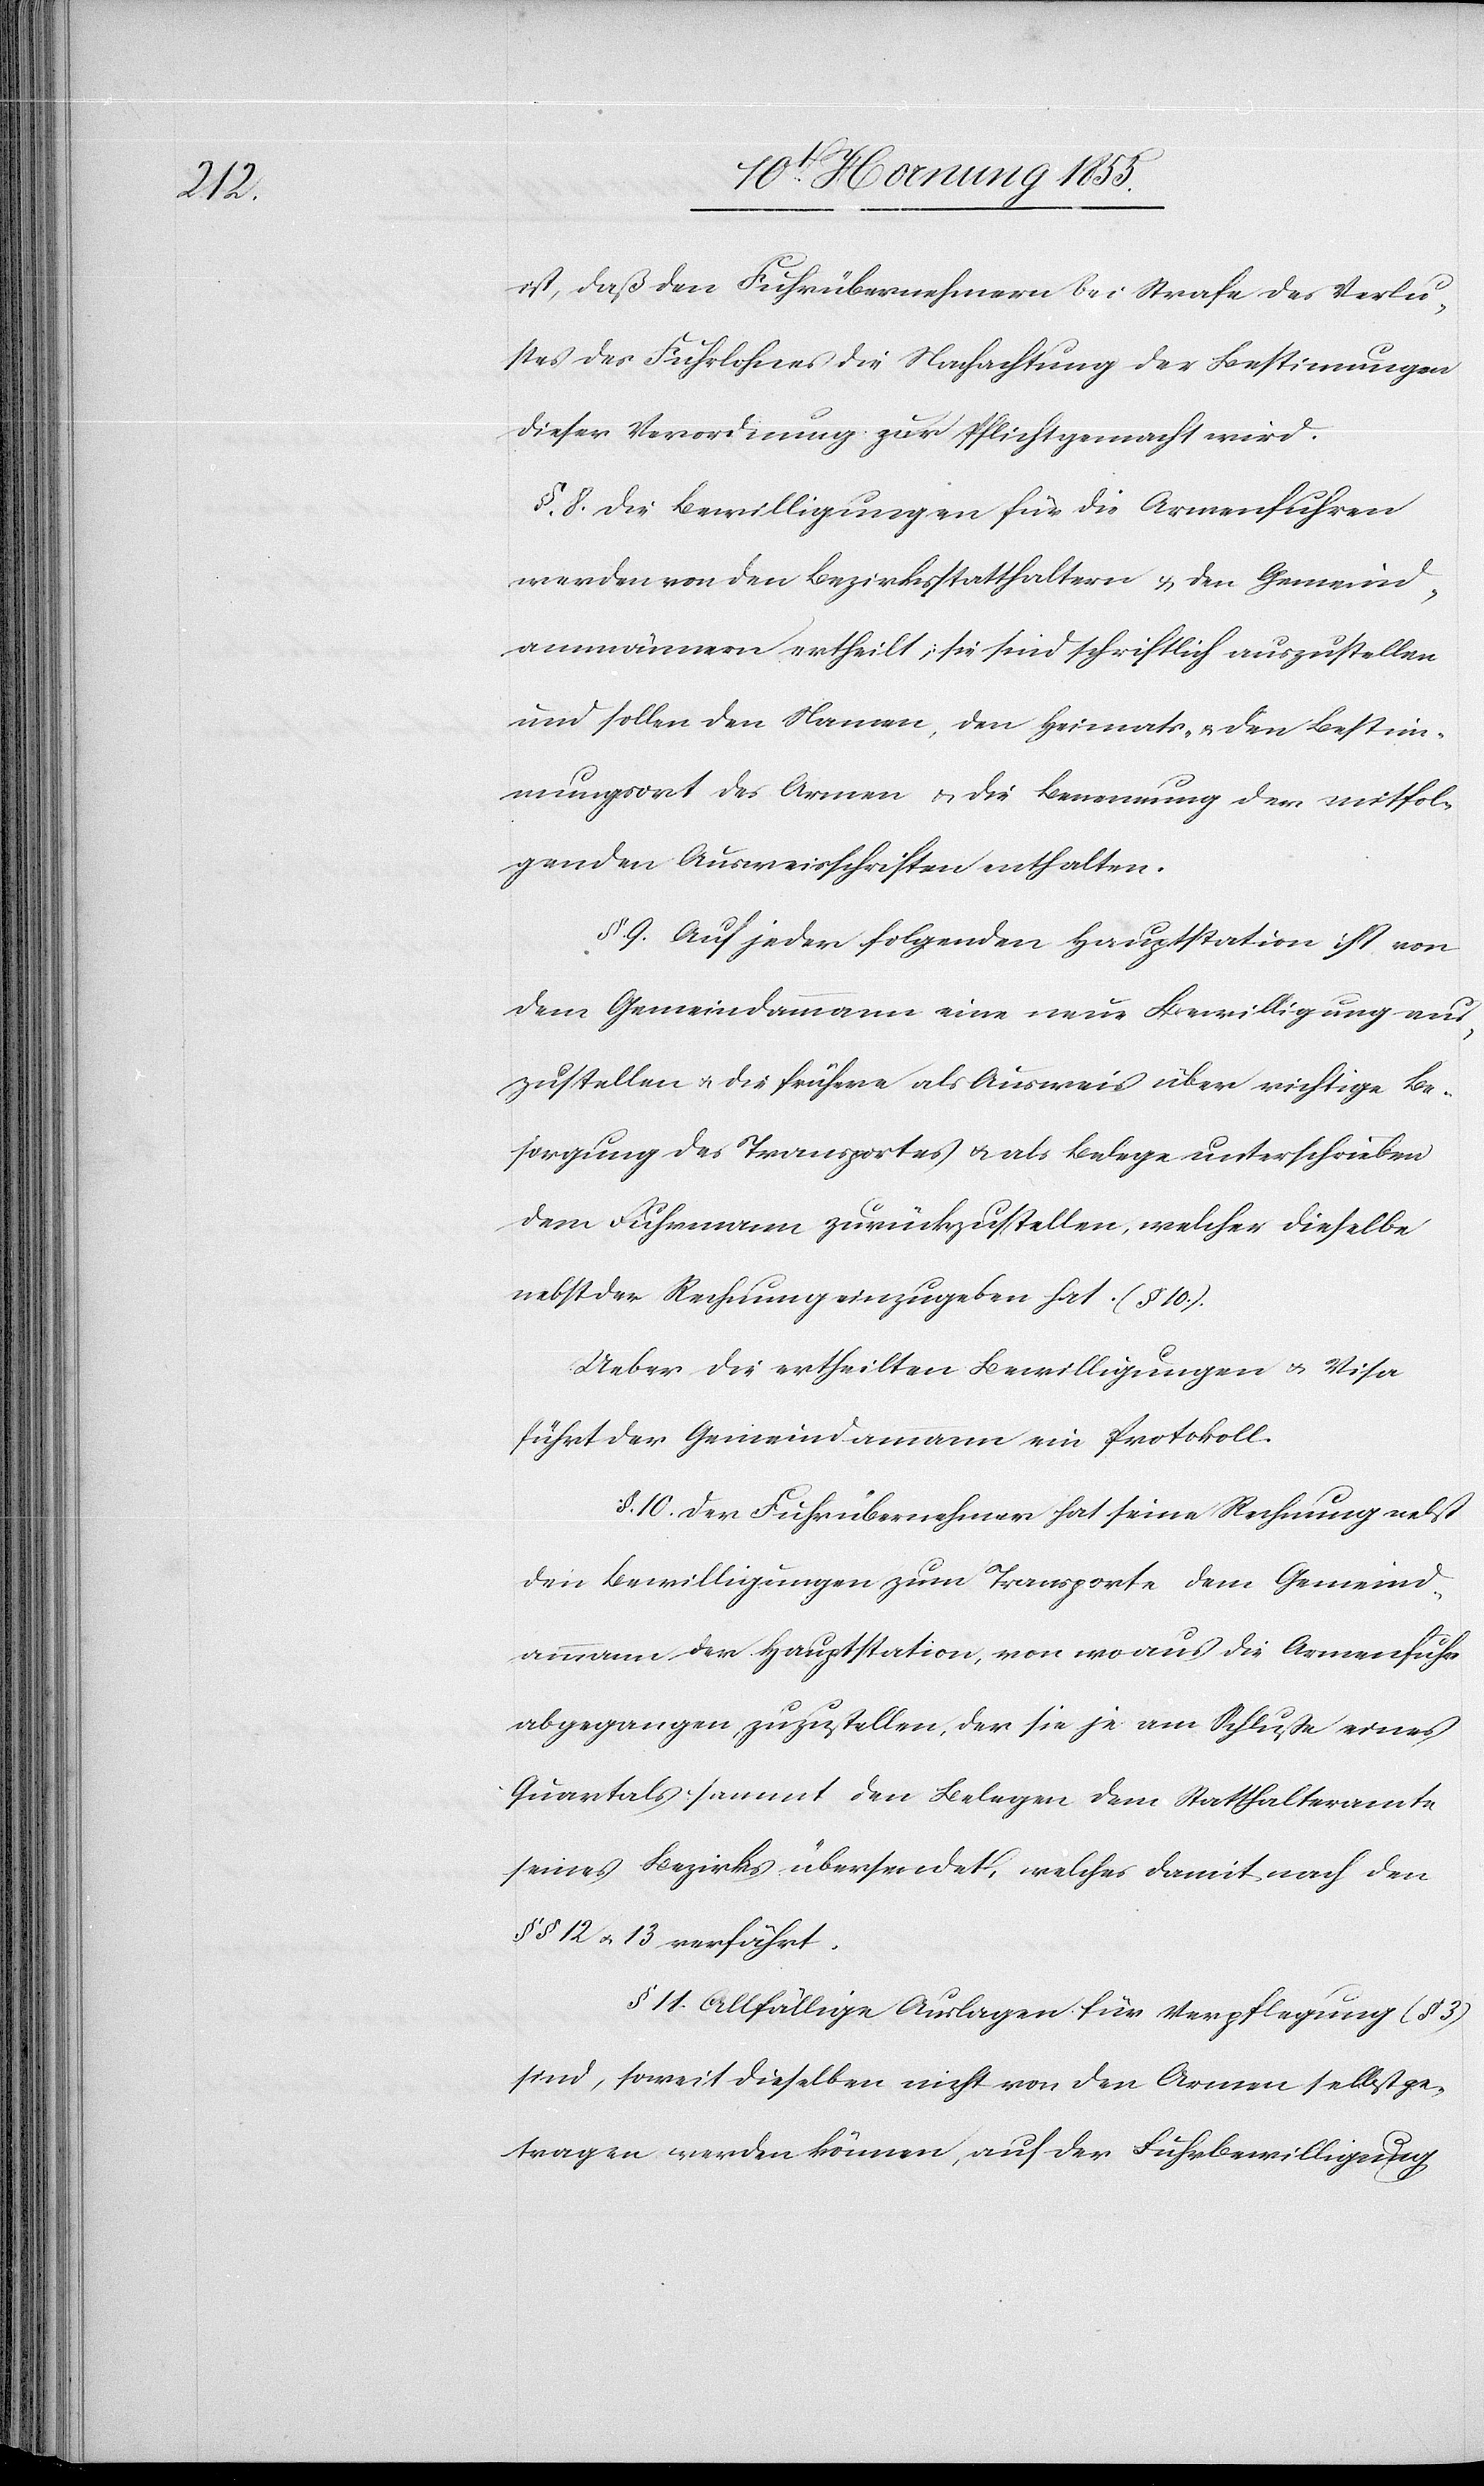
ist, daß den Fuhrübernehmern bei Strafe des Verlu¬
stes des Fuhrlohnes die Nachachtung der Bestim[m]ungen
dieser Verordnung zur Pflicht gemacht wird.
§. 8. Die Bewilligungen für die Armenfuhren
werden von den Bezirksstatthaltern & den Gemeind¬
ammännern ertheilt; sie sind schriftlich auszustellen
und sollen den Namen, den Heimats- & den Bestim¬
mungsort des Armen & die Benennung der mitfol¬
genden Ausweisschriften enthalten.
§. 9. Auf jeder folgenden Hauptstation ist von
dem Gemeindammann eine neue Bewilligung aus¬
zustellen & die frühere als Ausweis über richtige Be¬
sorgung des Transportes & als Belege unterschrieben
dem Fuhrmann zurückzustellen, welcher dieselbe
nebst der Rechnung einzugeben hat. (§ 10.).
Ueber die ertheilten Bewilligungen & Visa
führt der Gemeindammann ein Protokoll.
§. 10. Der Fuhrübernehmer hat seine Rechnung nebst
den Bewilligungen zum Transporte dem Gemeind¬
ammann der Hauptstation, von wo aus die Armenfuhr
abgegangen zuzustellen, der sie je am Schlusse eines
Quartals sammt den Belegen dem Statthalteramte
seines Bezirkes übersendet, welches damit nach den
§§ 12 & 13 verfährt.
§ 11. Allfällige Auslagen für Verpflegung (§ 3)
sind, soweit dieselben nicht von den Armen selbst ge¬
tragen werden können, auf der Fuhrbewilligung